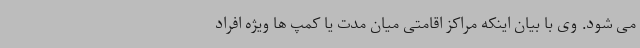
می شود. وی با بیان اینکه مراکز اقامتی میان مدت یا کمپ ها ویژه افراد